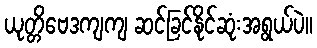
ယုတ္တိဗေဒကျကျ ဆင်ခြင်နိုင်ဆုံးအရွယ်ပဲ။